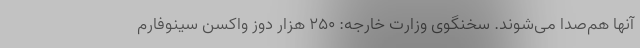
آنها هم‌صدا می‌شوند. سخنگوی وزارت خارجه: ۲۵۰ هزار دوز واکسن سینوفارم‌